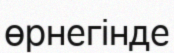
өрнегінде